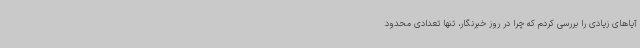
آیاهای زیادی را بررسی کردم که چرا در روز خبرنگار، تنها تعدادی محدود